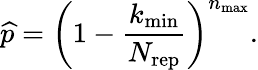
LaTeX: \widehat{p}=\left(1-\frac{k_{\mathrm{min}}}{N_{\mathrm{rep}}}\right)^{n_{\mathrm{max}}}.